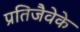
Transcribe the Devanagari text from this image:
प्रतिजैवेके